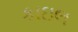
કાઇલ